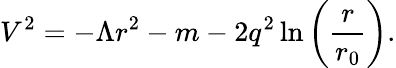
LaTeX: V^{2}=-\Lambda r^{2}-m-2q^{2}\ln\left(\frac{r}{r_{0}}\right).